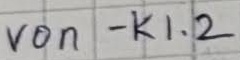
Text: von - K1.2